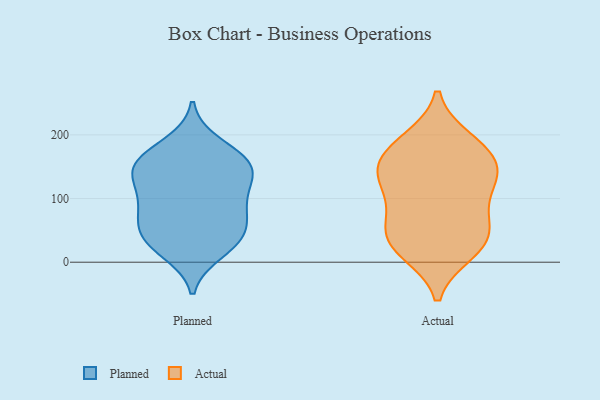
{"axis": {"x": "Market Share (%)", "y": "Value"}, "legend": ["Actual", "Planned"], "data": [{"x": "", "y": 30, "type": "Planned"}, {"x": "", "y": 149, "type": "Planned"}, {"x": "", "y": 16, "type": "Planned"}, {"x": "", "y": 95, "type": "Planned"}, {"x": "", "y": 163, "type": "Planned"}, {"x": "", "y": 137, "type": "Planned"}, {"x": "", "y": 29, "type": "Planned"}, {"x": "", "y": 140, "type": "Planned"}, {"x": "", "y": 63, "type": "Planned"}, {"x": "", "y": 186, "type": "Planned"}, {"x": "", "y": 50, "type": "Planned"}, {"x": "", "y": 89, "type": "Planned"}, {"x": "", "y": 119, "type": "Planned"}, {"x": "", "y": 164, "type": "Planned"}, {"x": "", "y": 86, "type": "Planned"}, {"x": "", "y": 48, "type": "Planned"}, {"x": "", "y": 151, "type": "Planned"}, {"x": "", "y": 145, "type": "Actual"}, {"x": "", "y": 34, "type": "Actual"}, {"x": "", "y": 169, "type": "Actual"}, {"x": "", "y": 187, "type": "Actual"}, {"x": "", "y": 54, "type": "Actual"}, {"x": "", "y": 160, "type": "Actual"}, {"x": "", "y": 16, "type": "Actual"}, {"x": "", "y": 69, "type": "Actual"}, {"x": "", "y": 20, "type": "Actual"}, {"x": "", "y": 40, "type": "Actual"}, {"x": "", "y": 192, "type": "Actual"}, {"x": "", "y": 134, "type": "Actual"}, {"x": "", "y": 92, "type": "Actual"}, {"x": "", "y": 130, "type": "Actual"}, {"x": "", "y": 122, "type": "Actual"}]}